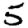
Digit: 5